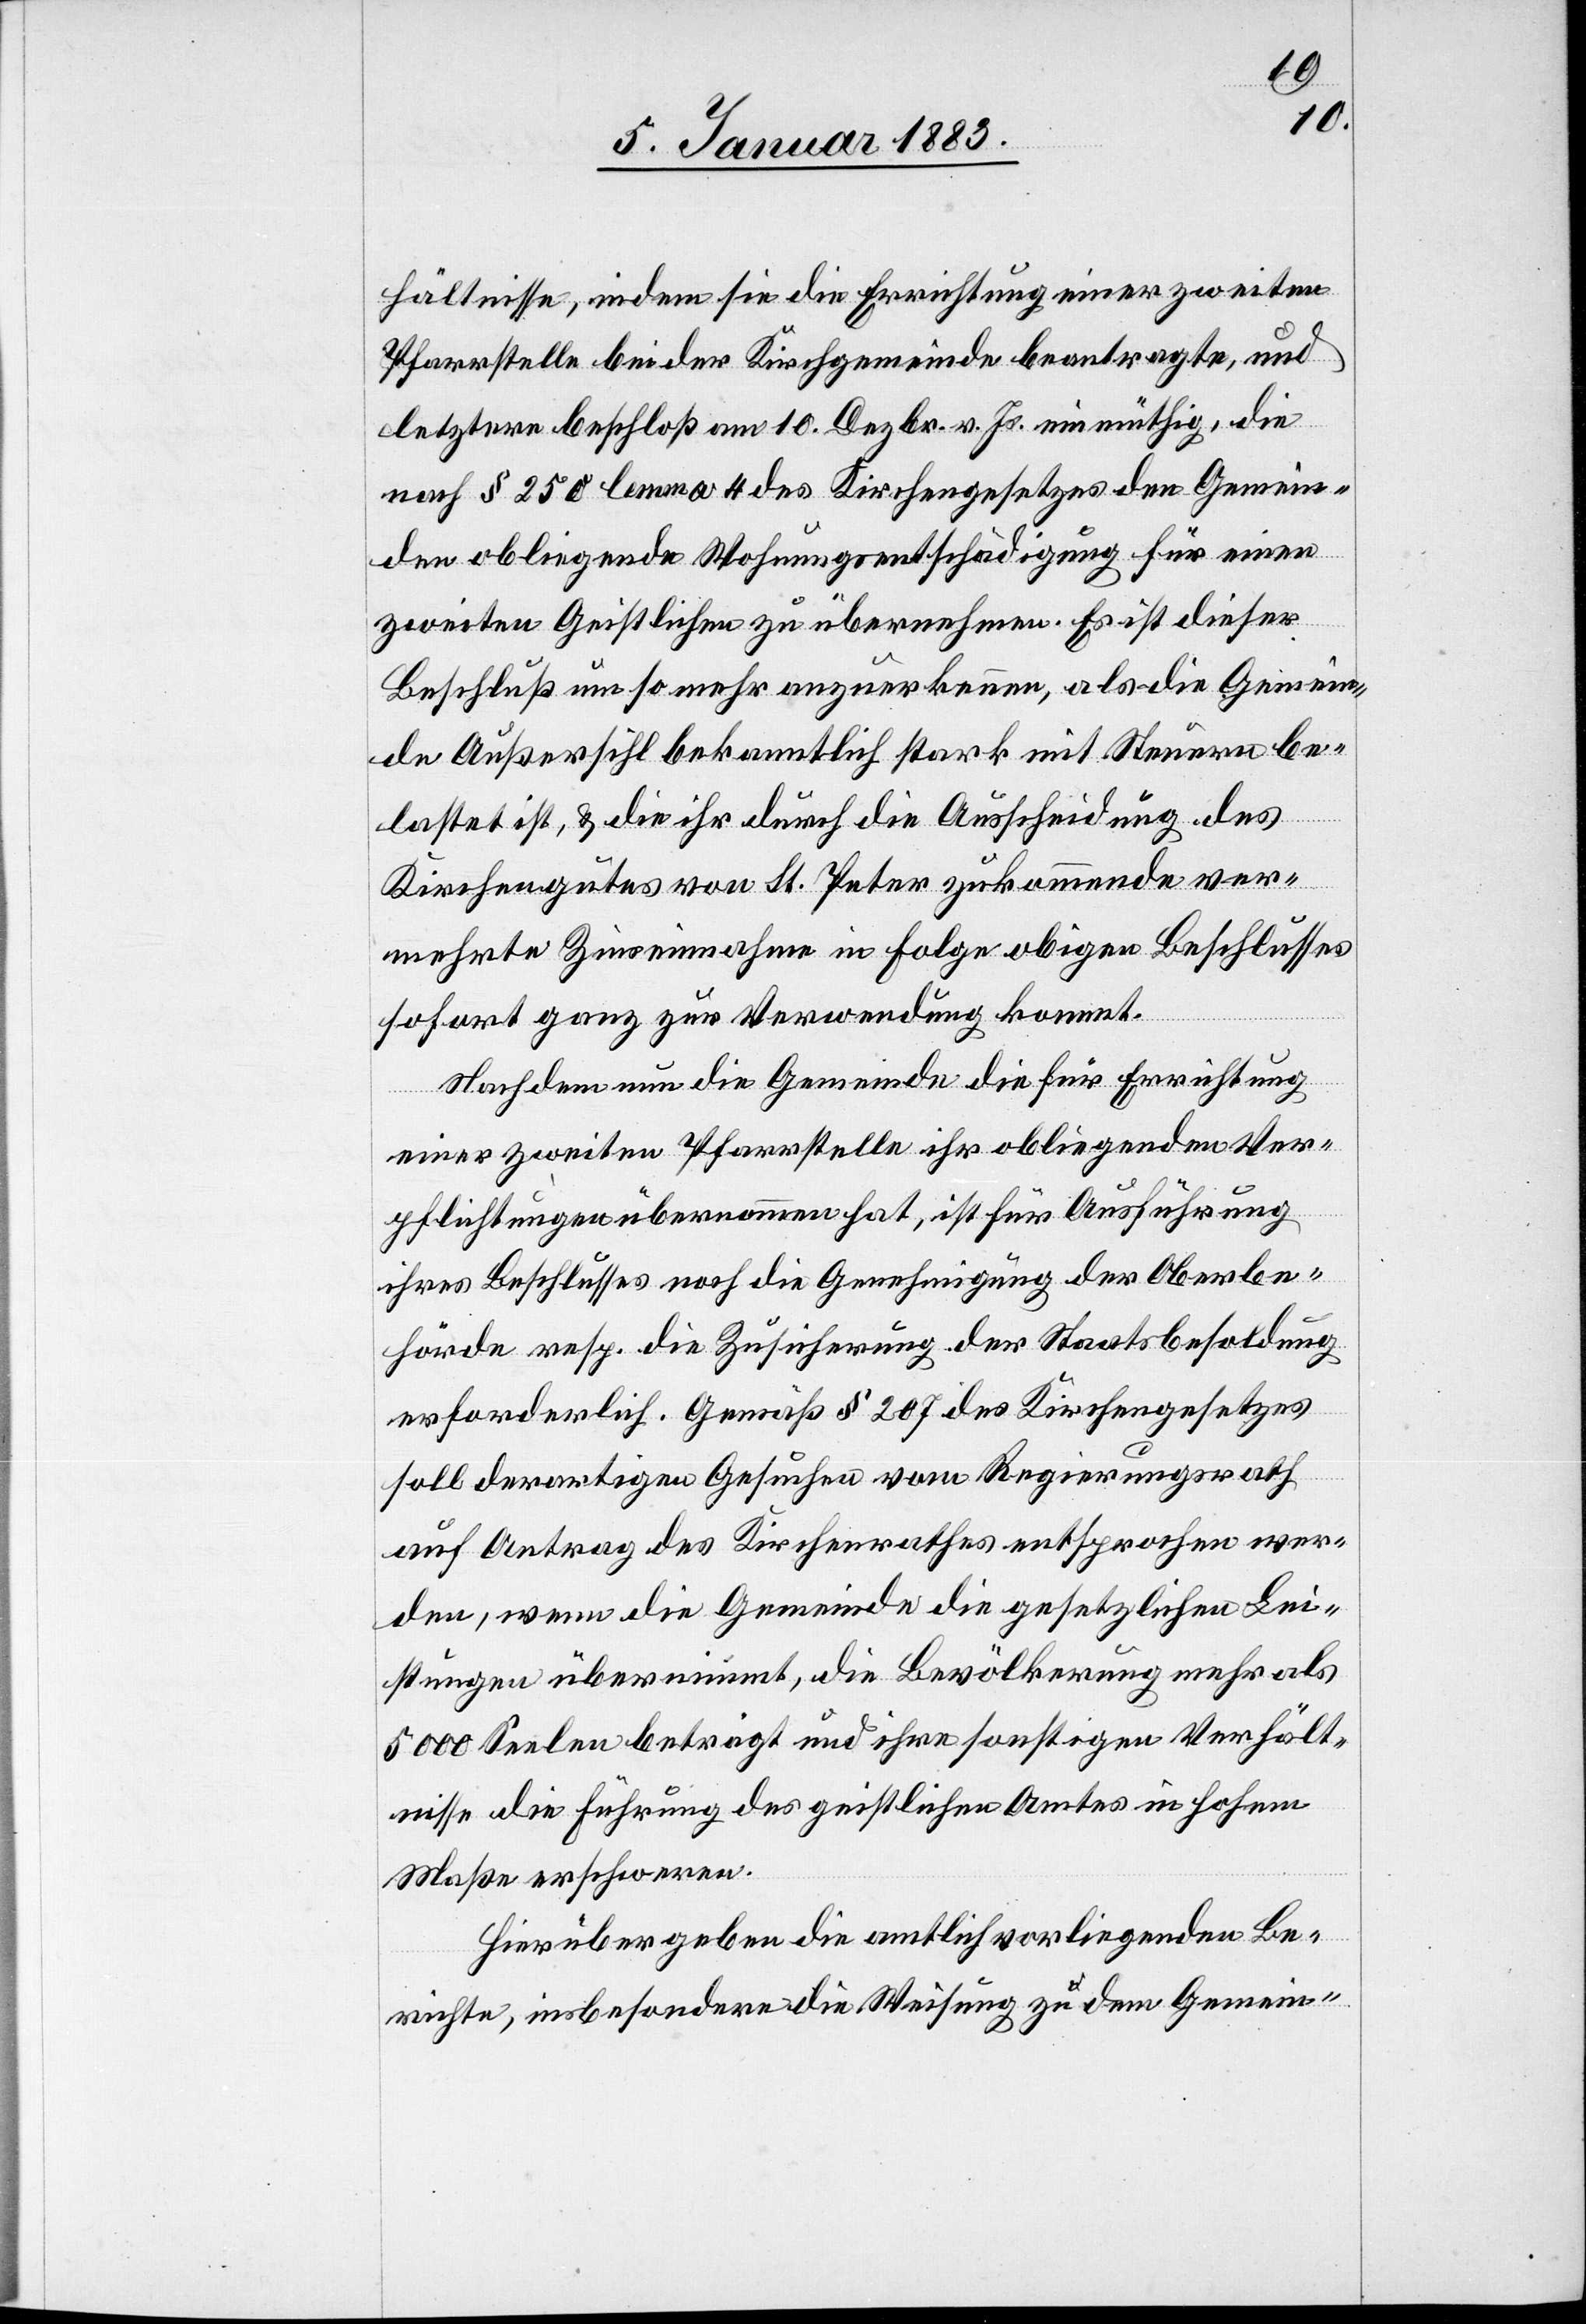
hältnisse, indem sie die Errichtung einer zweiten
Pfarrstelle bei der Kirchgemeinde beantragte, und
letztere beschloß am 10. Dezbr. v. Js. einmüthig, die
nach § 250 lemma 4 des Kirchengesetzes den Gemein¬
den obliegende Wohnungsentschädigung für einen
zweiten Geistlichen zu übernehmen. Es ist dieser
Beschluß um so mehr anzuerkennen, als die Gemein¬
de Außersihl bekanntlich stark mit Steuern be¬
lastet ist, & die ihr durch die Ausscheidung des
Kirchengutes von St. Peter zukommende ver¬
mehrte Zinseinnahme in Folge obigen Beschlusses
sofort ganz zur Verwendung kommt.
Nachdem nun die Gemeinde die für Errichtung
einer zweiten Pfarrstelle ihr obliegenden Ver¬
pflichtungen übernommen hat, ist für Ausführung
ihres Beschlusses noch die Genehmigung der Oberbe¬
hörde resp. die Zusicherung der Staatsbesoldung
erforderlich. Gemäß § 207 des Kirchengesetzes
soll derartigen Gesuchen vom Regierungsrath
auf Antrag des Kirchenrathes entsprochen wer¬
den, wenn die Gemeinde die gesetzlichen Lei¬
stungen übernimmt, die Bevölkerung mehr als
5000 Seelen beträgt und ihre sonstigen Verhält¬
nisse die Führung des geistlichen Amtes in hohem
Maße erschweren.
Hierüber geben die amtlich vorliegenden Be¬
richte, insbesondere die Weisung zu dem Gemein-